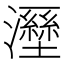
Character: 𤃁